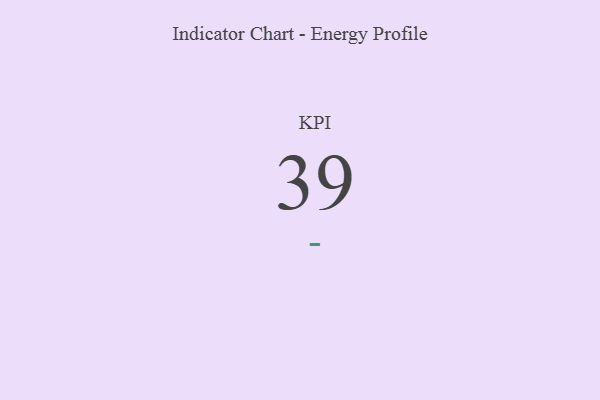
{"axis": {"x": "KPI", "y": "Value"}, "legend": [""], "data": [{"x": "KPI", "y": 39, "type": ""}]}